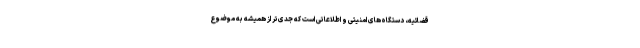
قضائیه، دستگاه‌های امنیتی و اطلاعاتی است که جدی‌تر از همیشه به موضوع